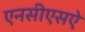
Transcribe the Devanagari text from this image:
एनसीएसऐ